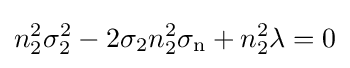
n_{2}^{2}\sigma _{2}^{2}-2\sigma _{2}n_{2}^{2}\sigma _{\text{n}}+n_{2}^{2}\lambda =0